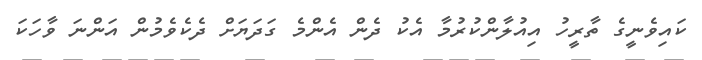
ކައިވެނީގެ ތާރީހު އިއުލާންކުރުމާ އެކު ދެން އެންމެ ގަދަޔަށް ދެކެވެމުން އަންނަ ވާހަކަ